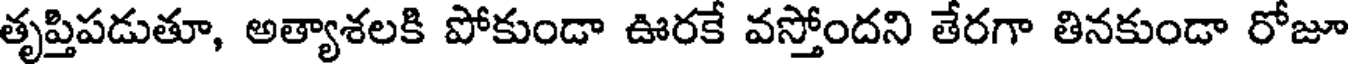
తృప్తిపడుతూ, అత్యాశలకి పోకుండా ఊరకే వస్తోందని తేరగా తినకుండా రోజూ